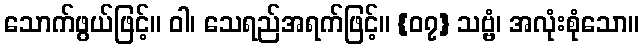
သောက်ဖွယ်ဖြင့်။ ဝါ၊ သေရည်အရက်ဖြင့်။ {၀၇} သဗ္ဗံ၊ အလုံးစုံသော။